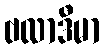
ဗလာဒီမာ